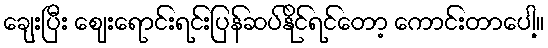
ချေးပြီး ဈေးရောင်းရင်းပြန်ဆပ်နိုင်ရင်တော့ ကောင်းတာပေါ့။